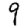
Digit: 9